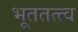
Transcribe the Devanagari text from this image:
भूततत्त्व